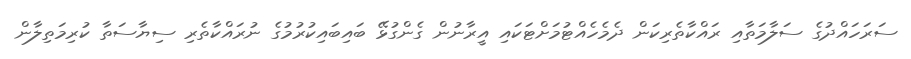
ސަރަހައްދުގެ ސަލާމަތާއި ރައްކާތެރިކަން ދެމެހެއްޓުމަށްޓަކައި އީރާނުން ގެންގުޅޭ ބައިބައިކުރުމުގެ ނުރައްކާތެރި ސިޔާސަތާ ކުރިމަތިލާން